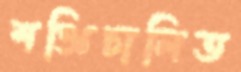
শক্তিচালিত